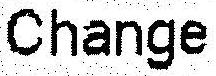
CHANGE